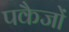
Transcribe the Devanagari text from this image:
पकैजों